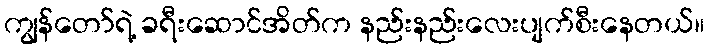
ကျွန်တော်ရဲ့ ခရီးဆောင်အိတ်က နည်းနည်းလေးပျက်စီးနေတယ်။